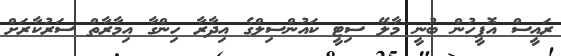
ރައީސް އޮފީހުން ބުނީ މާލޭ ސިޓީ ކައުންސިލްގެ އިދާރާ ހިންގާ އިމާރާތް ސަރުކާރަށް